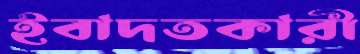
ইবাদতকারী